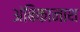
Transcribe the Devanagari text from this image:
अंबिकानाथ